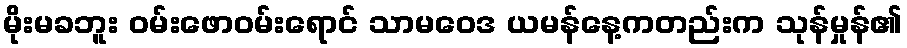
မိုးမခဘူး ဝမ်းဖောဝမ်းရောင် သာမဝေဒ ယမန်နေ့ကတည်းက သုန်မှုန်၏